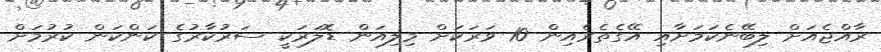
ރާއްޖެއަށް ލިބޭނެކަމަށާއި އޭގެތެރެއިން 10 ވަރަކަށް މިލިއަން ޑޮލަރަކީ ސަރުކާރުގެ ކަންކަން ކުރުމަށް